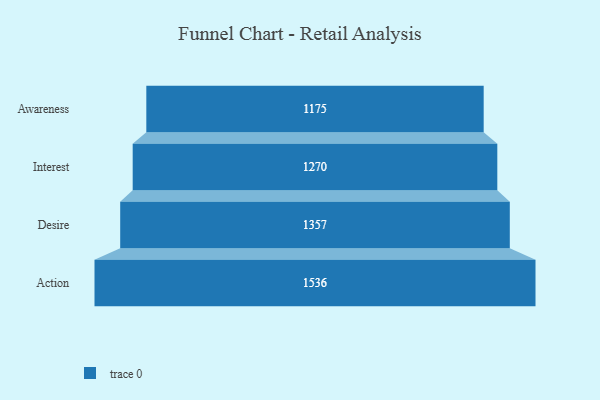
{"axis": {"x": "Stage", "y": "Value"}, "legend": [""], "data": [{"x": "Awareness", "y": 1175.0, "type": ""}, {"x": "Interest", "y": 1270.0, "type": ""}, {"x": "Desire", "y": 1357.0, "type": ""}, {"x": "Action", "y": 1536.0, "type": ""}]}